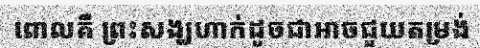
ពោលគឺ ព្រះសង្ឃហាក់ដូចជាអាចជួយតម្រង់